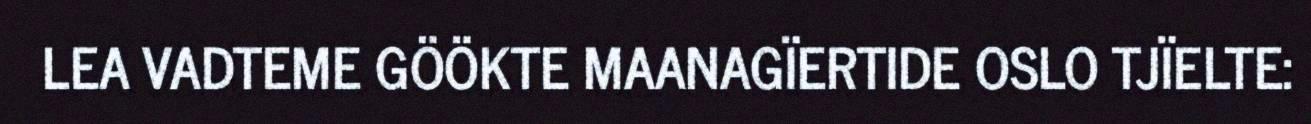
LEA VADTEME GÖÖKTE MAANAGÏERTIDE OSLO TJÏELTE: